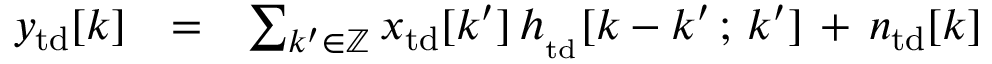
\begin{array} { r l r } { y _ { \mathrm { \footnotesize { t d } } } [ k ] } & { = } & { \sum _ { k ^ { \prime } \in { \mathbb Z } } x _ { \mathrm { \footnotesize { t d } } } [ k ^ { \prime } ] \, h _ { _ { \mathrm { \footnotesize { t d } } } } [ k - k ^ { \prime } \, ; \, k ^ { \prime } ] \, + \, n _ { \mathrm { \footnotesize { t d } } } [ k ] } \end{array}